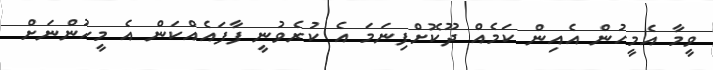
ވީމާ އެމީހުން އެއިން ކަމެއް ދޫކޮށްފިނަމަ އެ ކުރެވުނީ ފާފައެއްކަން އެ މީހުންނަށް